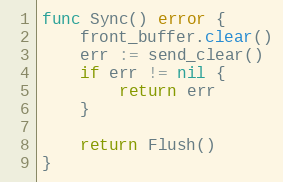
Language: Go
func Sync() error {
	front_buffer.clear()
	err := send_clear()
	if err != nil {
		return err
	}

	return Flush()
}